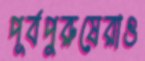
পূর্বপুরুষেরাও